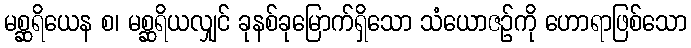
မစ္ဆရိယေန စ၊ မစ္ဆရိယလျှင် ခုနစ်ခုမြောက်ရှိသော သံယောဇဉ်ကို ဟောရာဖြစ်သော